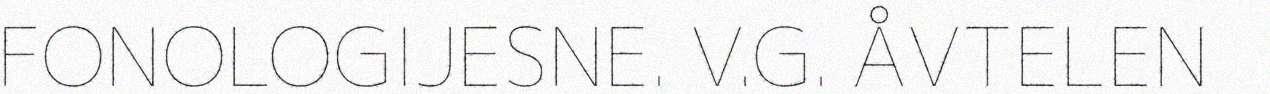
FONOLOGIJESNE. V.G. ÅVTELEN